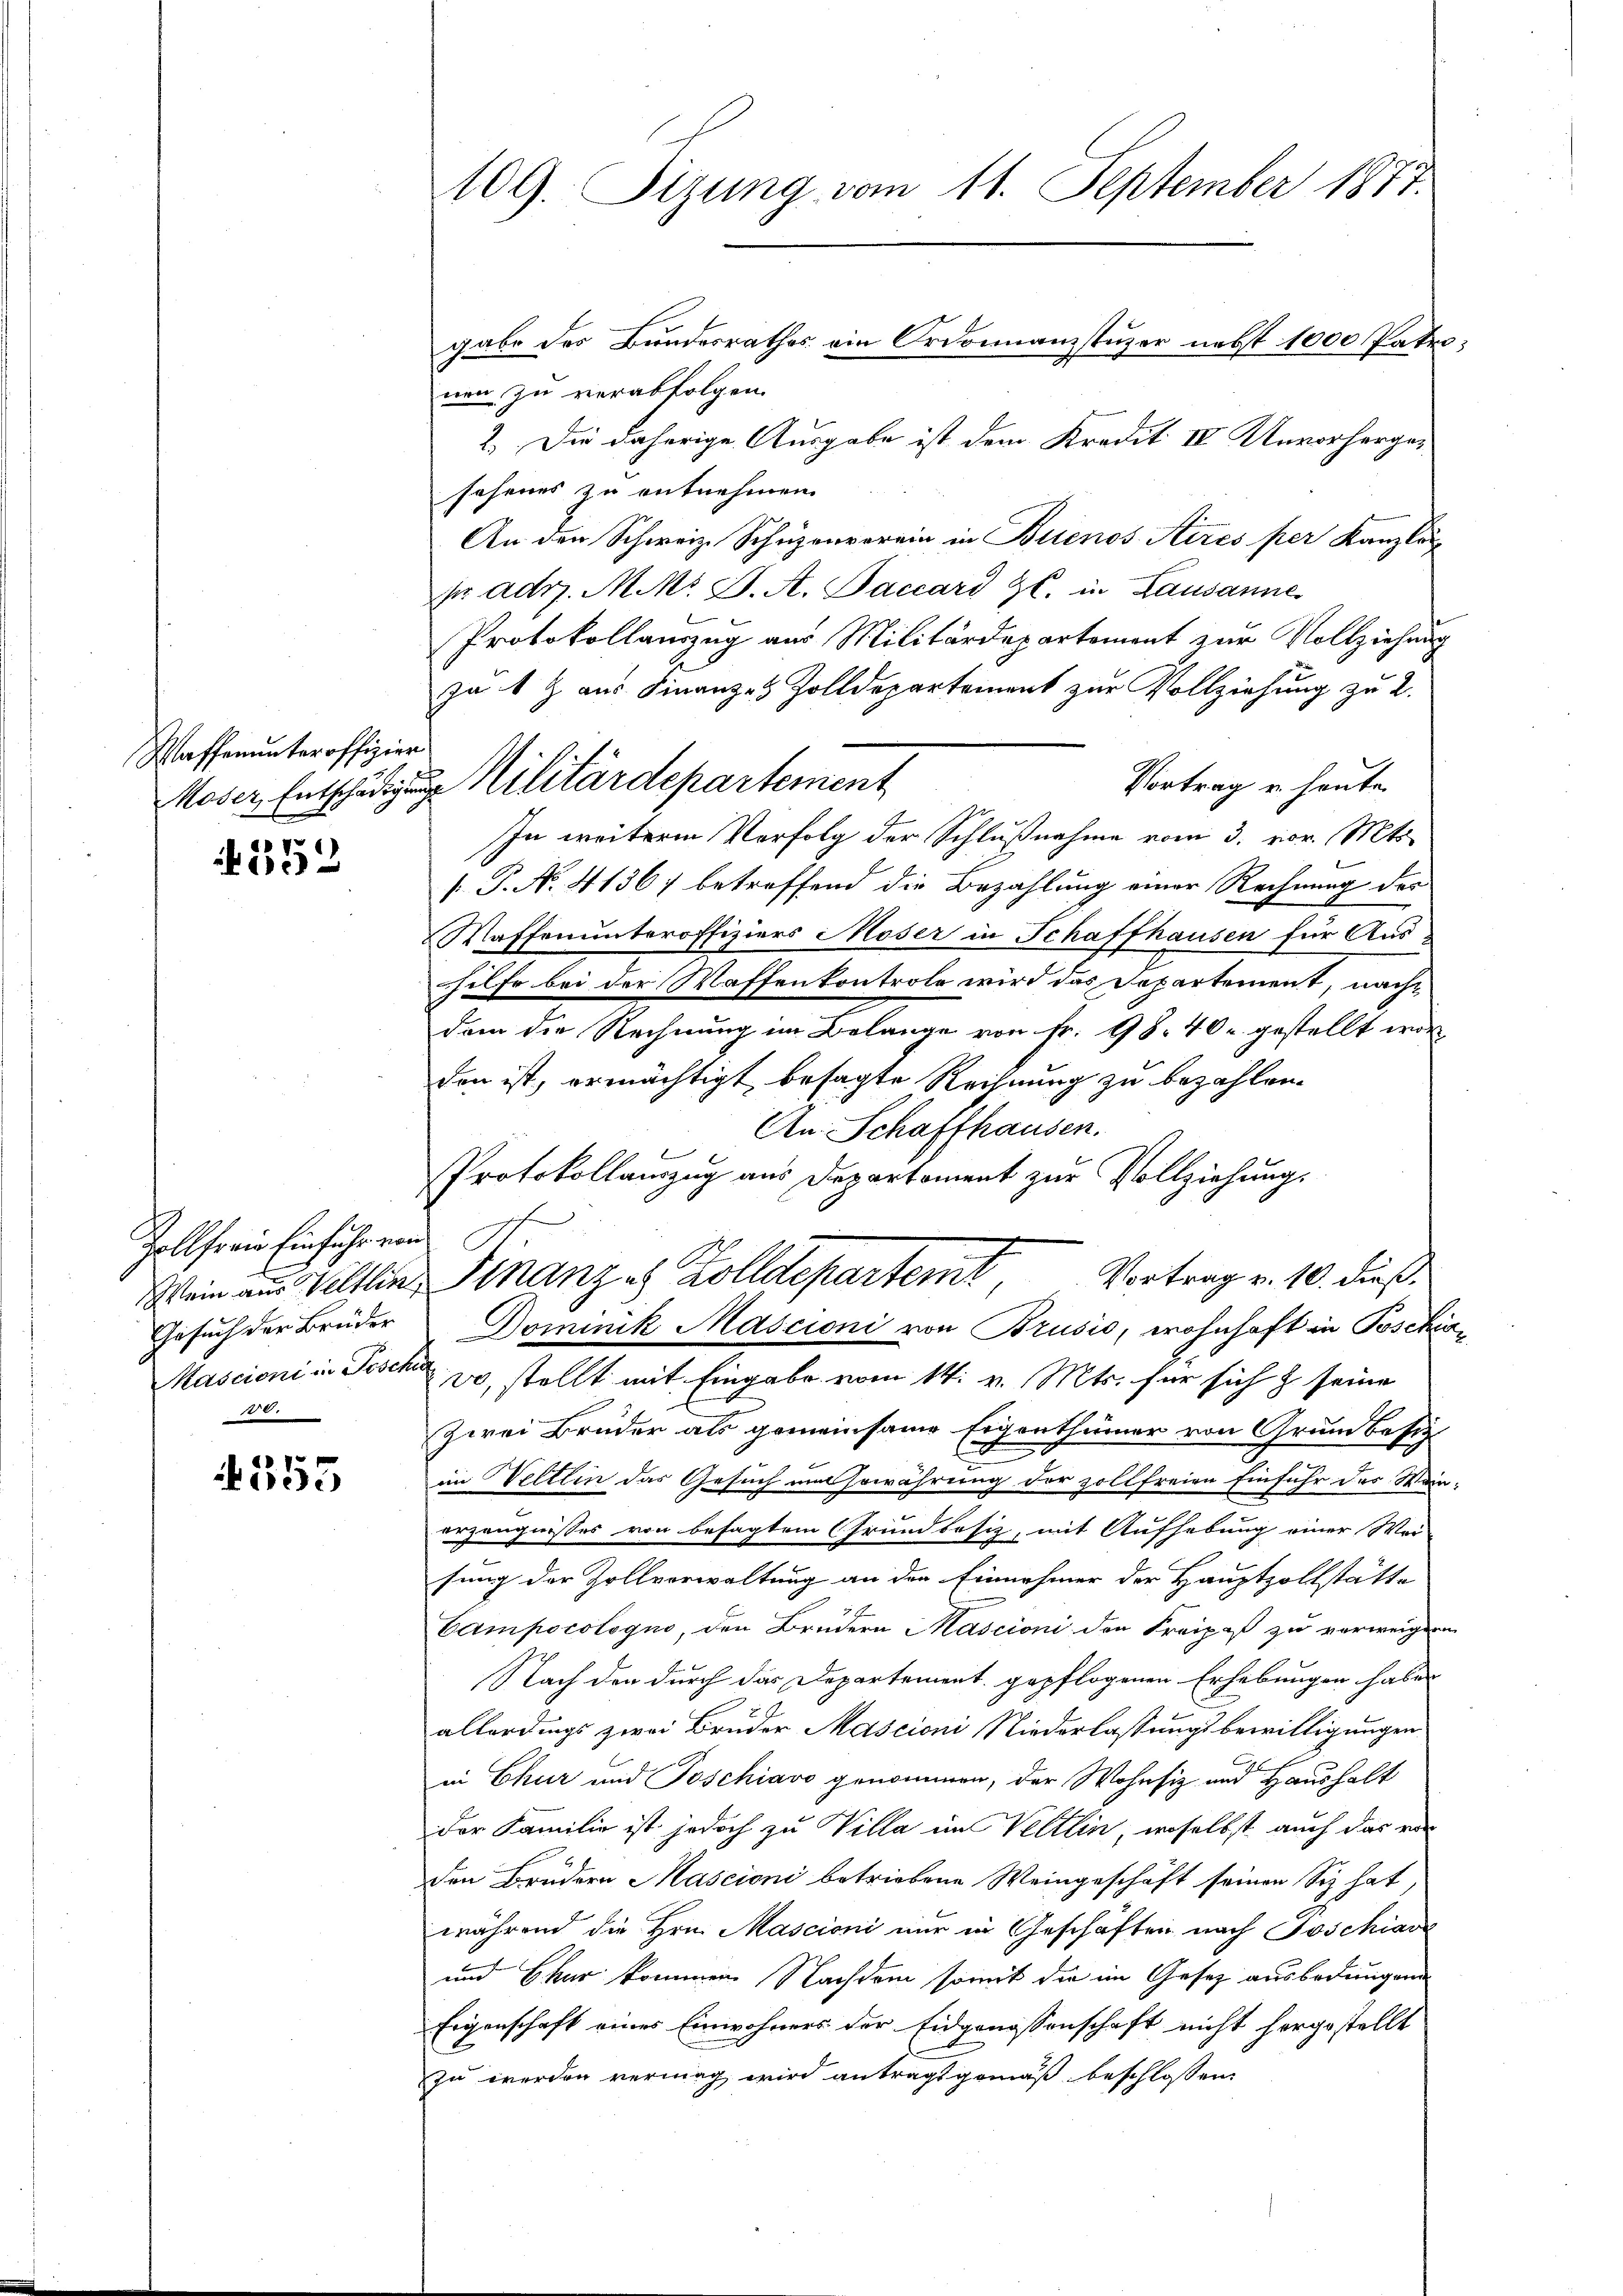
Waffenunteroffizier

252

Zollfreie Einfuhr von
Gesuch der Brüder
Mascioni in Poschi
t 2.

355

109. Sizung vom 11. September 1877.
gabe der Bundesrathes ein Ordonnanzstuzer nebst 1000 Patro¬

nen zu verabfolgen.
2. Die daherige Ausgabe ist dem Kredit IV Unvorhergesehenes zu entnehmen.
An den Schweiz. Schüzenverein in Buenos Aires per Kanzlos
sr adr. M. Mr. J. A. Paccard Zl. in Lausanne
Protokollauszug aus Militärdepartement zur Vollziehung
ja 1 Z. aus Finanzes Zolldepartement zur Vollziehung zu 2.
Vortrag u. heute
In weitere Verfolg der Schlußnahme vom 3. vor. Mts.
[P. No. 4136) betreffend die Bezahlung einer Rechnung des
Waffenunteroffiziers Moser in Schaffhausen für Aushilfe bei der Waffenkontrole wird das Departement, nachdem die Rechnung im Belange von fr. 98. 40 r. gestellt worden ist, ermächtigt besagte Rechnung zu bezahlen.
An Schaffhausen.
Protokollauszug aus Departement zur Vollziehung.
Wein aus Veltlin Stanz es Zolldepartemt, Vortrag v. 10. dieß
Dominik Mascioni von Brusio, wohnhaft in Poschia¬
 30, stellt mit Eingabe vom 14. v. Mts. für sich & seine
zwei Brüder als gemeinsame Eigenthümer von Grundbesie
in Weltlin das Gesuch und Erwährung der zollfreien Einfuhr des Weinerzeugnisses von besagtem Grundbesiz, mit Aufhebung einer Wei-
sung der Zollverwaltung an den Einnehmer der Hauptzollstätte
Campocologno, den Brüdern Mascioni den Freipaß zu verweigen
Nach den durch das Departement gepflogenen Erhebungen haben
allerdings zwei Bruder Mascioni Niederlassungsbewilligungen
in Chur und Poschiavo genommen, der Wohnsiz und Haushalt
der Familie ist jedoch zu Villa im Veltlin, woselbst auch das ra
den Brüdern Mascioni betriebene Weingeschäft seinen Siz hat,
während die Hrn. Mascioni nur in Geschäften nach Poschiar
und Chur kommen Nachdem somit die im Gesetz ausbedungen
Eigenschaft eines Einwohners der Eidgenossenschaft nicht hergestellt
zu werden vermag wird antragt gemäß beschlossen:

Moser Entschädigung Militärdepartement